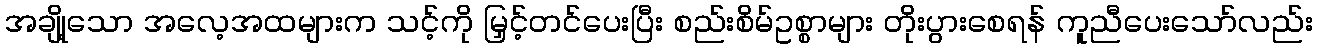
အချို့သော အလေ့အထများက သင့်ကို မြှင့်တင်ပေးပြီး စည်းစိမ်ဥစ္စာများ တိုးပွားစေရန် ကူညီပေးသော်လည်း